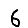
Digit: 6